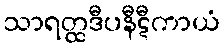
သာရတ္ထဒီပနီဋီကာယံ